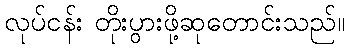
လုပ်ငန်း တိုးပွားဖို့ဆုတောင်းသည်။